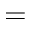
=